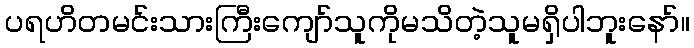
ပရဟိတမင်းသားကြီးကျော်သူကိုမသိတဲ့သူမရှိပါဘူးနော်။